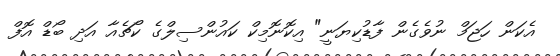
އެކަން ހަޖަމް ނުވެގެން ފާޑުކިޔަނީ" އިކޮނޮމިކް ކައުންސިލްގެ ކޯޗެއާ އަދި ބޯޑް އޮފް